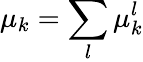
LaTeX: \mu_{k}=\sum_{l}\mu_{k}^{l}